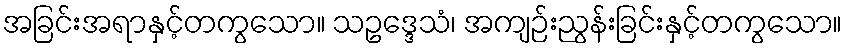
အခြင်းအရာနှင့်တကွသော။ သဥဒ္ဒေသံ၊ အကျဉ်းညွန်းခြင်းနှင့်တကွသော။